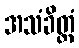
အသံခိတ္တံ